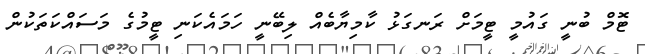
ޓޮމް ބުނީ ގައުމީ ޓީމަށް ރަނގަޅު ކާމިޔާބެއް ލިބޭނީ ހަމައެކަނި ޓީމުގެ މަސައްކަތަކުން